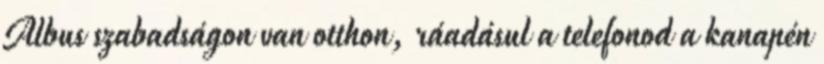
Albus szabadságon van otthon, ráadásul a telefonod a kanapén